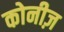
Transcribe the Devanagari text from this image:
कोनीज़